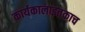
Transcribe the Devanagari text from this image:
कार्यकालाइतकाच